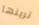
ترينها